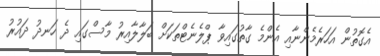
އެގޮތުން އަހަރެމެންނާއި އެންމެ ގާތުގައިވާ ޕްލެނެޓްތަކަށް ބަލާލާއިރު މާސްގައި ދެ ހަނދު ދައުރު